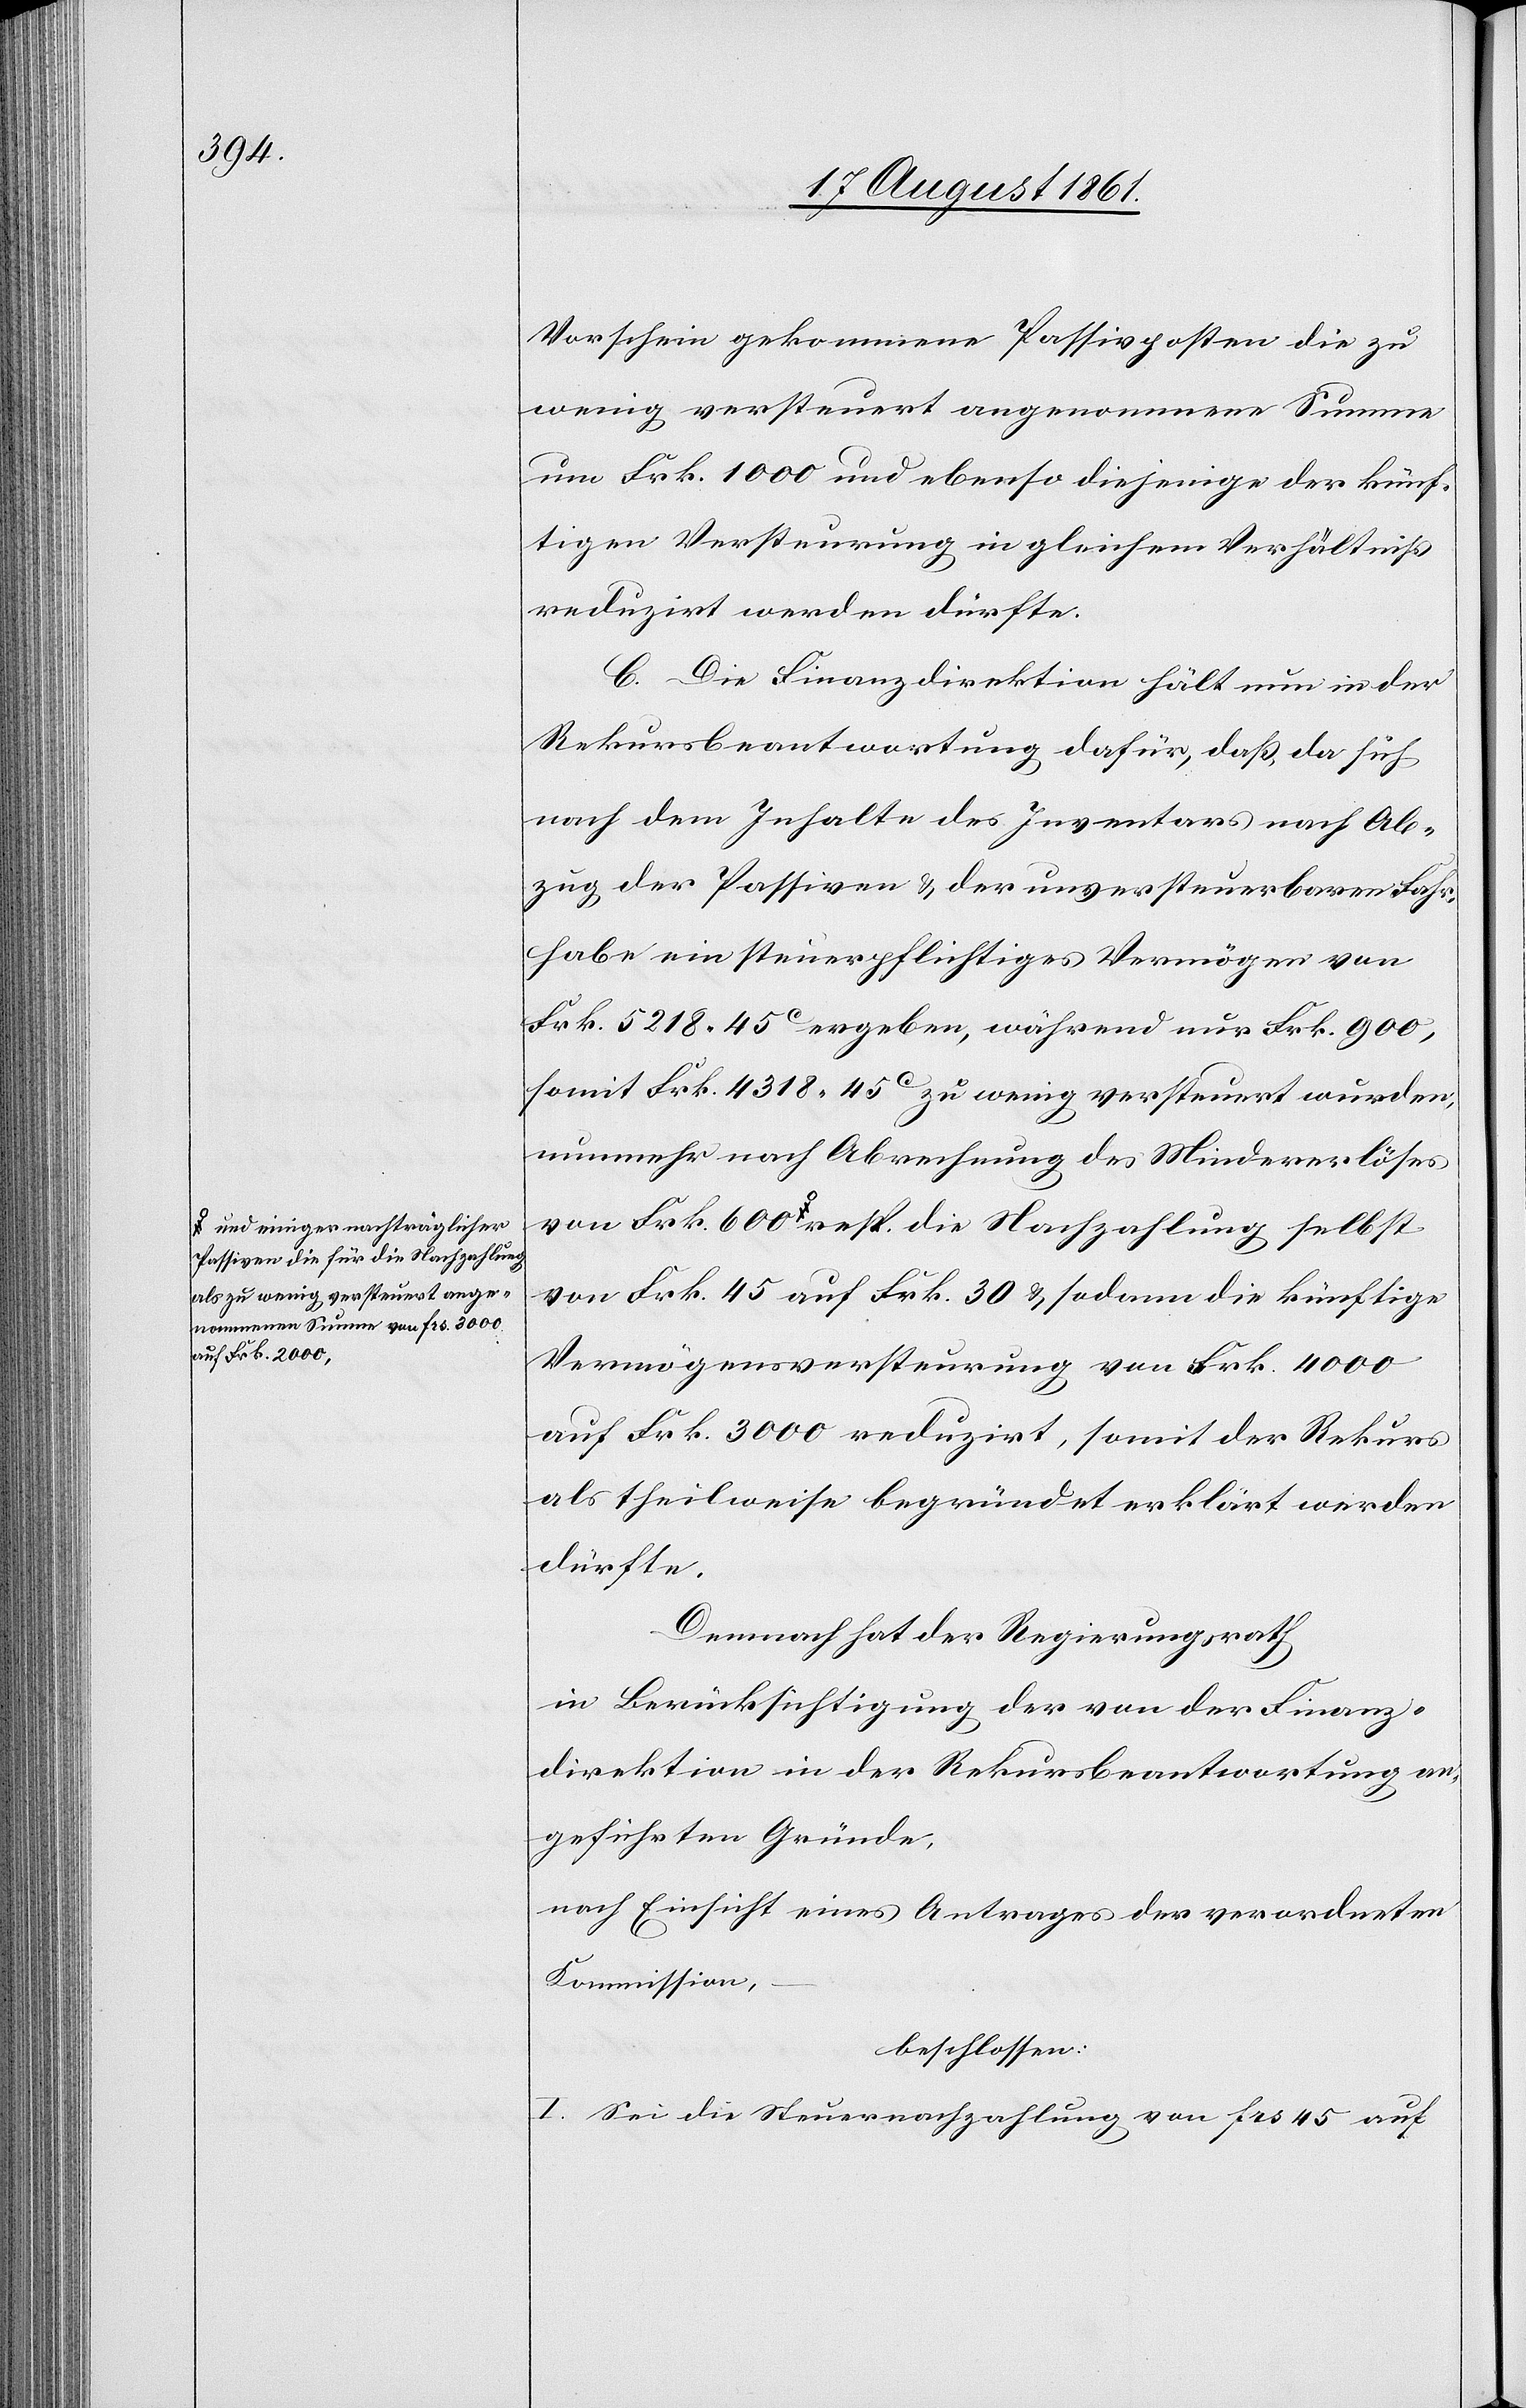
–aund einiger nachträglicher
Passiven die für die Nachzahlung
als zu wenig versteuert ange¬
nommenen Summe von frs 3000
auf Frk. 2000,-a

Vorschein gekommene Passivposten die zu
wenig versteuert angenommene Summe
um Frk 1000 und ebenso diejenige der künf¬
tigen Versteurung in gleichem Verhältniße
reduzirt werden dürfte.
C. Die Finanzdirektion hält nun in der
Rekursbeantwortung dafür, daß, da sich
nach dem Inhalte des Inventars nach Ab¬
zug der Passiven u. der unversteuerbaren Fahr¬
habe ein steuerpflichtiges Vermögen von
Frk. 5218.45c ergeben, während nur Frk. 900,
somit Frk. 4318.45c zu wenig versteuert wurden,
nunmehr nach Abrechnung des Mindererlös
von Frk. 45 auf Frk. 30 u. sodann die künftige
Vermögensversteurung von Frk. 4000
auf Frk. 3000 reduzirt, somit der Rekurs
als theilweise begründet erklärt werden
dürfte.
Demnach hat der Regierungsrath,
in Berücksichtigung der von der Finanz¬
direktion in der Rekursbeantwortung an¬
geführten Gründe,
nach Einsicht eines Antrages der verordneten
Kommission,
beschlossen:
I. Sei die Steuernachzahlung von frs 45 auf